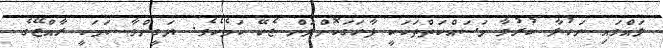
ލައްވައި ނަހުލާ ކުރުވާ މަސައްކަތްތަކަކީ ފާހަގަކޮށްލަން ޖެހޭ ކަމެކެވެ. ޔަގީންވާ ކަމަކީ ރާއްޖޭގެ